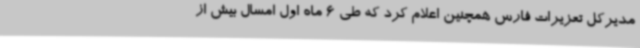
مدیرکل تعزیرات فارس همچنین اعلام کرد که طی 6 ماه اول امسال بیش از